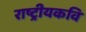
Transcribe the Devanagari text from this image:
राष्ट्रीयकवि